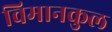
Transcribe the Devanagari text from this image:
विमानकुल